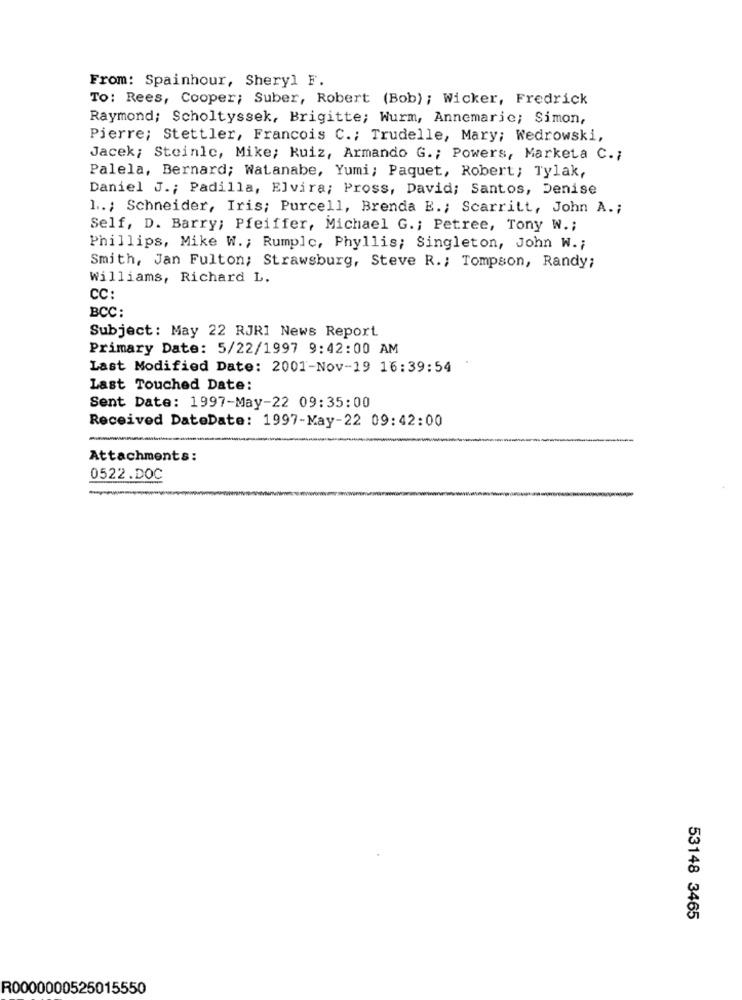
From: Spainhour, Sheryl F.
To: Rees, Cooper; Suber, Robert (Bob) ; Wicker, Fredrick
Raymond; Scholtyssek, Brigitte; Wurm, Annemarie; Simon,
Pierre; Stettler, Francois C .; Trudelle, Mary; Wedrowski,
Jacek; Steinle, Mike; Kuiz, Armando G .; Powers, Marketa C .;
Palela, Bernard; Watanabe, Yumi; Paquet, Robert; Tylak,
Daniel J .; Padilla, Elvira; Pross, David; Santos, Denise
1 .., Schneider, Iris; Purcell, Brenda E .; Scarritt, John A .;
Self, D. Barry; Pfeiffer, Michael G .; Petree, Tony W .;
Phillips, Mike W .; Rumplc, Phyllis; Singleton, John W .;
Smith, Jan Fulton; Strawsburg, Steve R .; Tompson, Randy;
Williams, Richard L.
CC:
BCC:
Subject: May 22 RJRI News Report
Primary Date: 5/22/1997 9:42:00 AM
Last Modified Date: 2001-Nov-19 16:39:54
Last Touched Date:
Sent Date: 1997-May-22 09:35:00
Received DateDate: 1997-May-22 09:42:00
Attachments:
0522.DOC
53148 3465
R0000000525015550